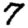
Digit: 7